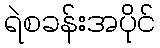
ရဲစခန်းအပိုင်